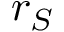
r _ { S }